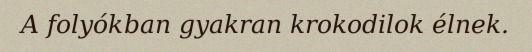
A folyókban gyakran krokodilok élnek.